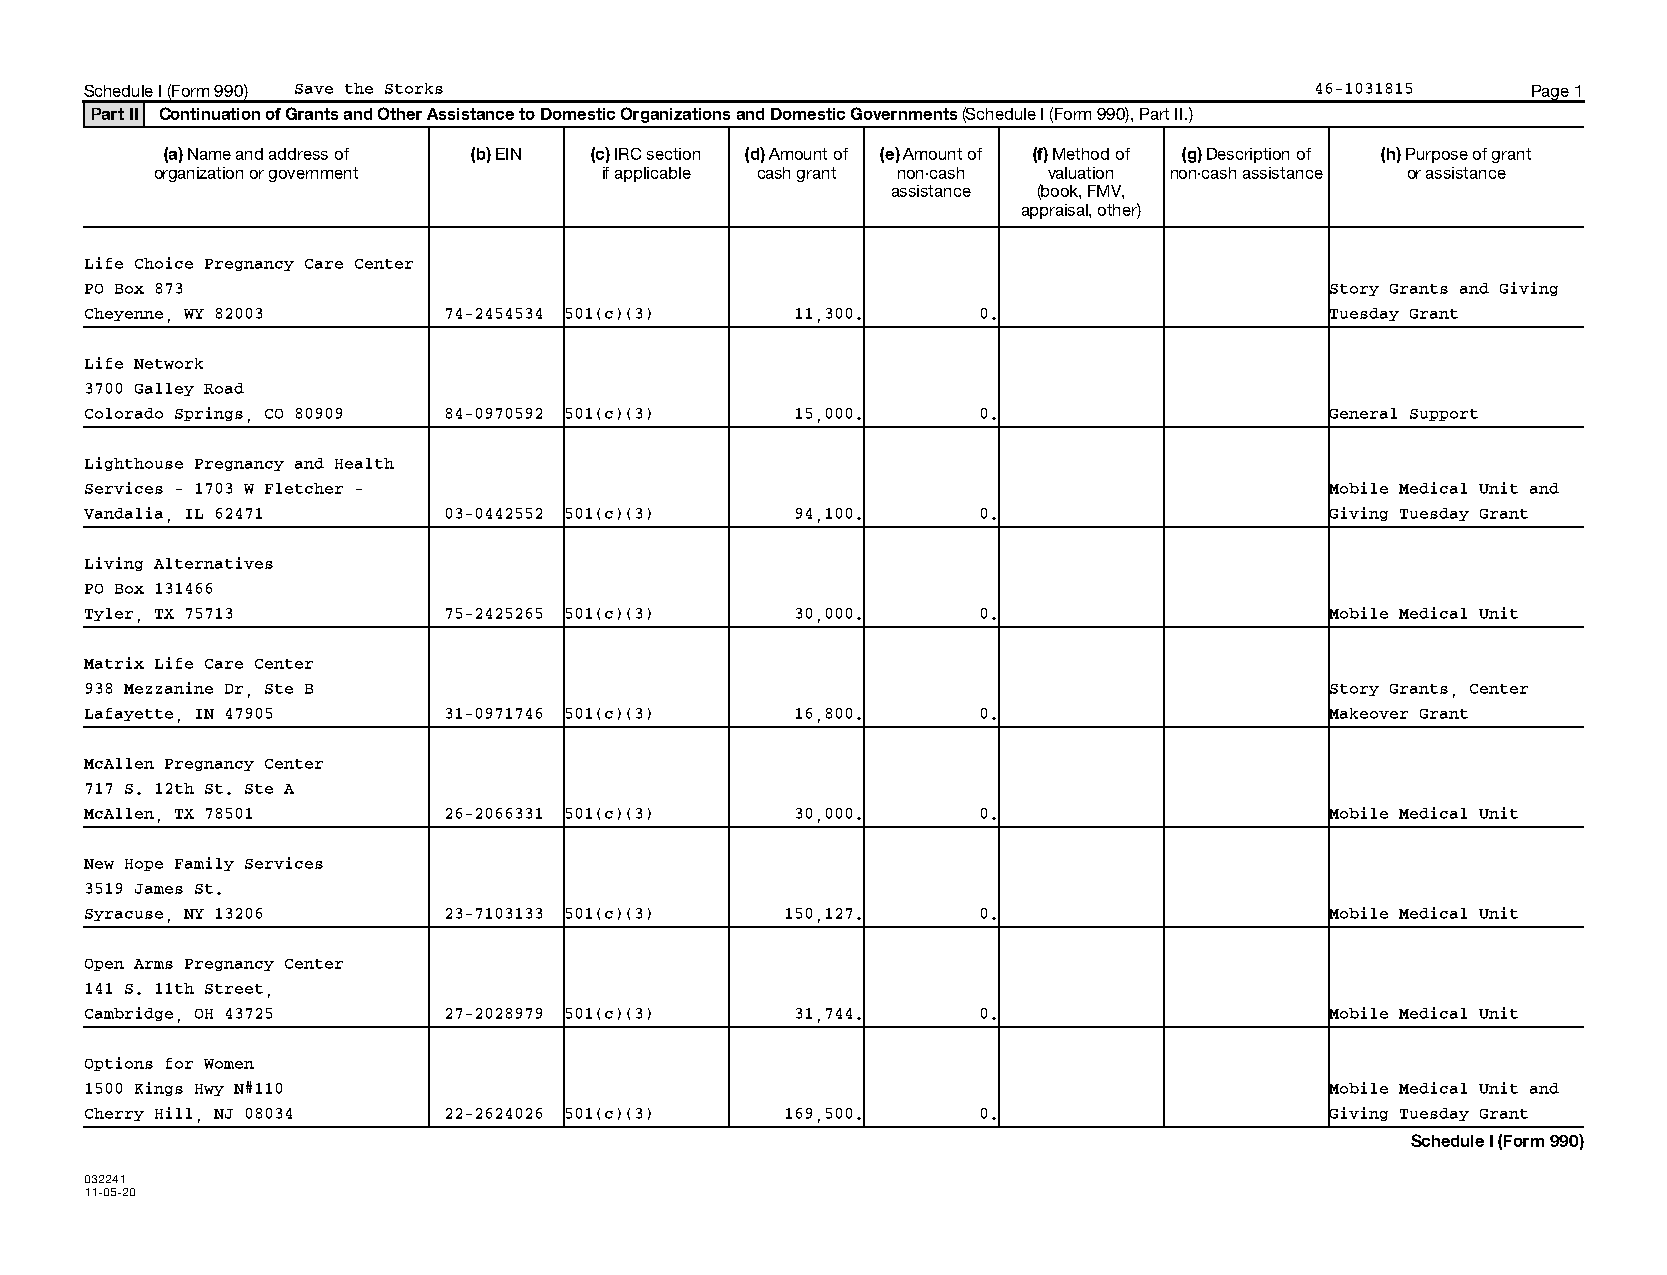
Schedule I (Form 990) Save the Storks                                            46-1031815    Page 1
 Part II Continuation of Grants and Other Assistance to Domestic Organizations and Domestic Governments (Schedule I (Form 990), Part II.)
 (a) Name and address of (b) EIN (c) IRC section (d) Amount of (e) Amount of (f) Method of (g) Description of (h) Purpose of grant
 organization or government    if applicable cash grant non-cash valuation non-cash assistance or assistance
 assistance (book, FMV,
 appraisal, other)
 Life Choice Pregnancy Care Center
 PO Box 873                                                                        Story Grants and Giving
 Cheyenne, WY 82003     74-2454534 501(c)(3)    11,300.     0.                     Tuesday Grant
 Life Network
 3700 Galley Road
 Colorado Springs, CO 80909 84-0970592 501(c)(3) 15,000.    0.                     General Support
 Lighthouse Pregnancy and Health
 Services - 1703 W Fletcher -                                                      Mobile Medical Unit and
 Vandalia, IL 62471     03-0442552 501(c)(3)    94,100.     0.                     Giving Tuesday Grant
 Living Alternatives
 PO Box 131466
 Tyler, TX 75713        75-2425265 501(c)(3)    30,000.     0.                     Mobile Medical Unit
 Matrix Life Care Center
 938 Mezzanine Dr, Ste B                                                           Story Grants, Center
 Lafayette, IN 47905    31-0971746 501(c)(3)    16,800.     0.                     Makeover Grant
 McAllen Pregnancy Center
 717 S. 12th St. Ste A
 McAllen, TX 78501      26-2066331 501(c)(3)    30,000.     0.                     Mobile Medical Unit
 New Hope Family Services
 3519 James St.
 Syracuse, NY 13206     23-7103133 501(c)(3)   150,127.     0.                     Mobile Medical Unit
 Open Arms Pregnancy Center
 141 S. 11th Street,
 Cambridge, OH 43725    27-2028979 501(c)(3)    31,744.     0.                     Mobile Medical Unit
 Options for Women
 1500 Kings Hwy N#110                                                              Mobile Medical Unit and
 Cherry Hill, NJ 08034  22-2624026 501(c)(3)   169,500.     0.                     Giving Tuesday Grant
 Schedule I (Form 990)
 032241
 11-05-20